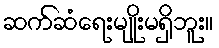
ဆက်ဆံရေးမျိုးမရှိဘူး။